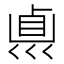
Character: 𠨀